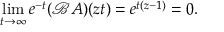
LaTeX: \operatorname* { l i m } _ { t \rightarrow \infty } e ^ { - t } ( \mathcal { B } A ) ( z t ) = e ^ { t ( z - 1 ) } = 0 .